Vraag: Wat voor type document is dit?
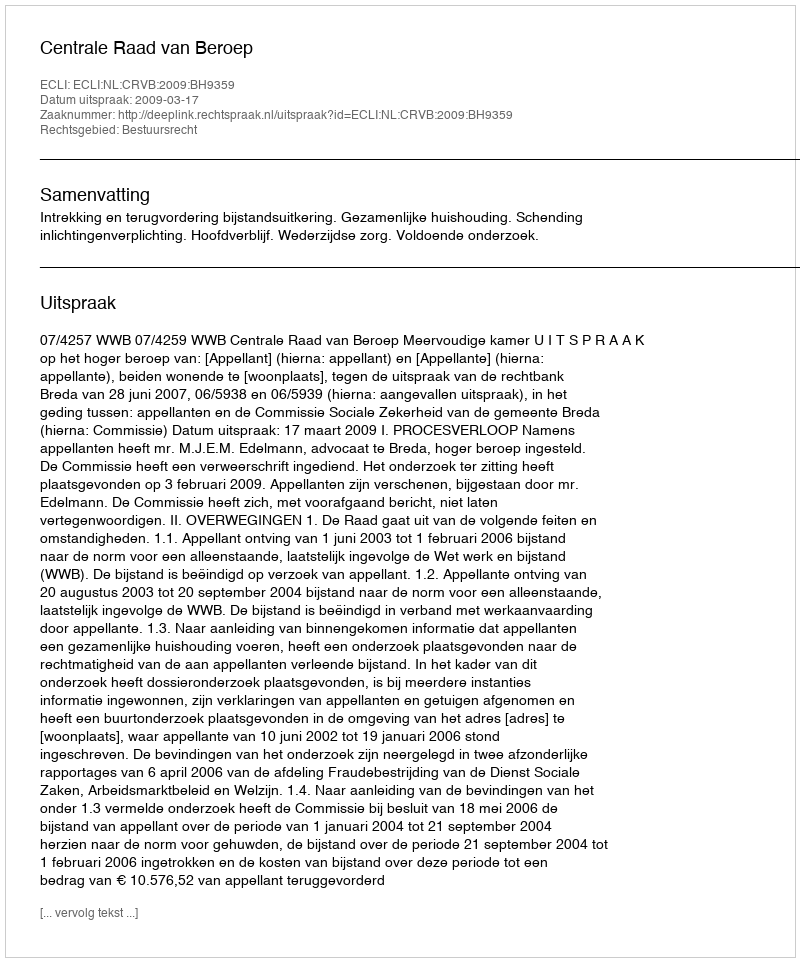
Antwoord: Uitspraak